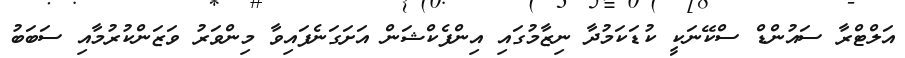
އަލްޓްރާ ސައުންޑް ސްކޭނަކީ ކުޑަކަމުދާ ނިޒާމުގައި އިންފެކްޝަން އަށަގަނެފައިވާ މިންވަރު ވަޒަންކުރުމާއި ސަބަބު